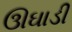
ઊઘાડી